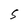
Character: S